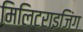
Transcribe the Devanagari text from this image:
मिलिटराइजिंग